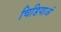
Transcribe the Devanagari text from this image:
चिडियाअं